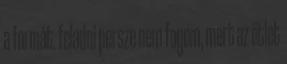
a formát. feladni persze nem fogom, mert az ötlet